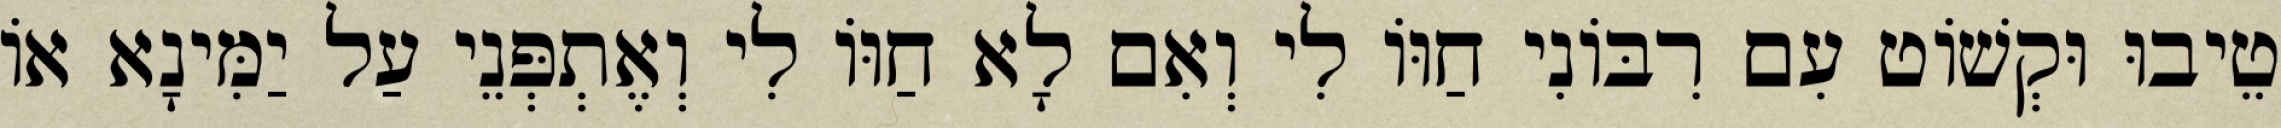
טֵיבוּ וּקְשׁוֹט עִם רִבּוֹנִי חַוּוֹ לִי וְאִם לָא חַוּוֹ לִי וְאֶתְפְּנֵי עַל יַמִּינָא אוֹ